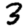
Digit: 3